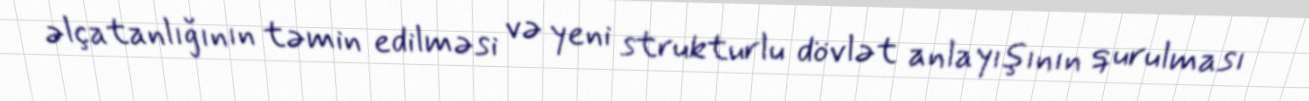
əlçatanlığının təmin edilməsi və yeni strukturlu dövlət anlayışının qurulması